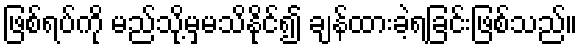
ဖြစ်ရပ်ကို မည်သို့မှမသိနိုင်၍ ချန်ထားခဲ့ရခြင်းဖြစ်သည်။